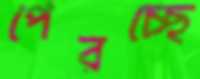
পেরচ্ছে